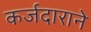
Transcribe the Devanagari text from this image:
कर्जदाराने